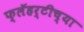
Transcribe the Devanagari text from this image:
फ्लॅहर्टीच्या